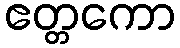
ဧတ္တကော